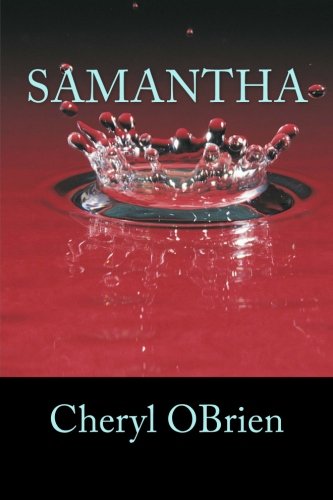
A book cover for Samantha; Cheryl OBrien; Literature & Fiction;